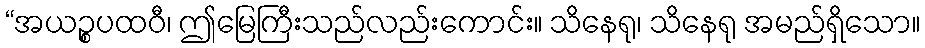
“အယဉ္စပထဝီ၊ ဤမြေကြီးသည်လည်းကောင်း။ သိနေရု၊ သိနေရု အမည်ရှိသော။